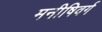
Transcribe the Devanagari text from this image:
मनीषिवर्ग